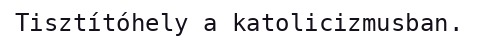
Tisztítóhely a katolicizmusban.